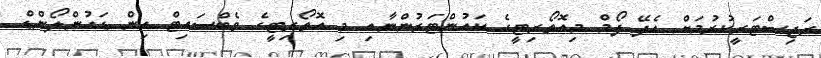
ރަޖިސްޓަރީކުރުމަށް އެދޭ ފޯމް މިއޮތޯރިޓީގެ ކައުންޓަރުންނާއި މި އޮތޯރިޓީގެ ވެބްސައިޓް އިން ޑައުންލޯންޑް